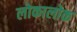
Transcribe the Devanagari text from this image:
लोकालोक